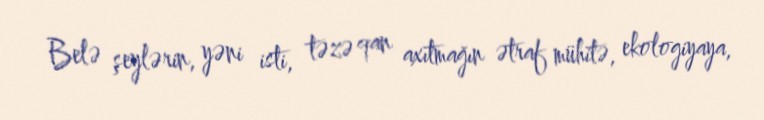
Belə şeylərin, yəni isti, təzə qan axıtmağın ətraf mühitə, ekologiyaya,